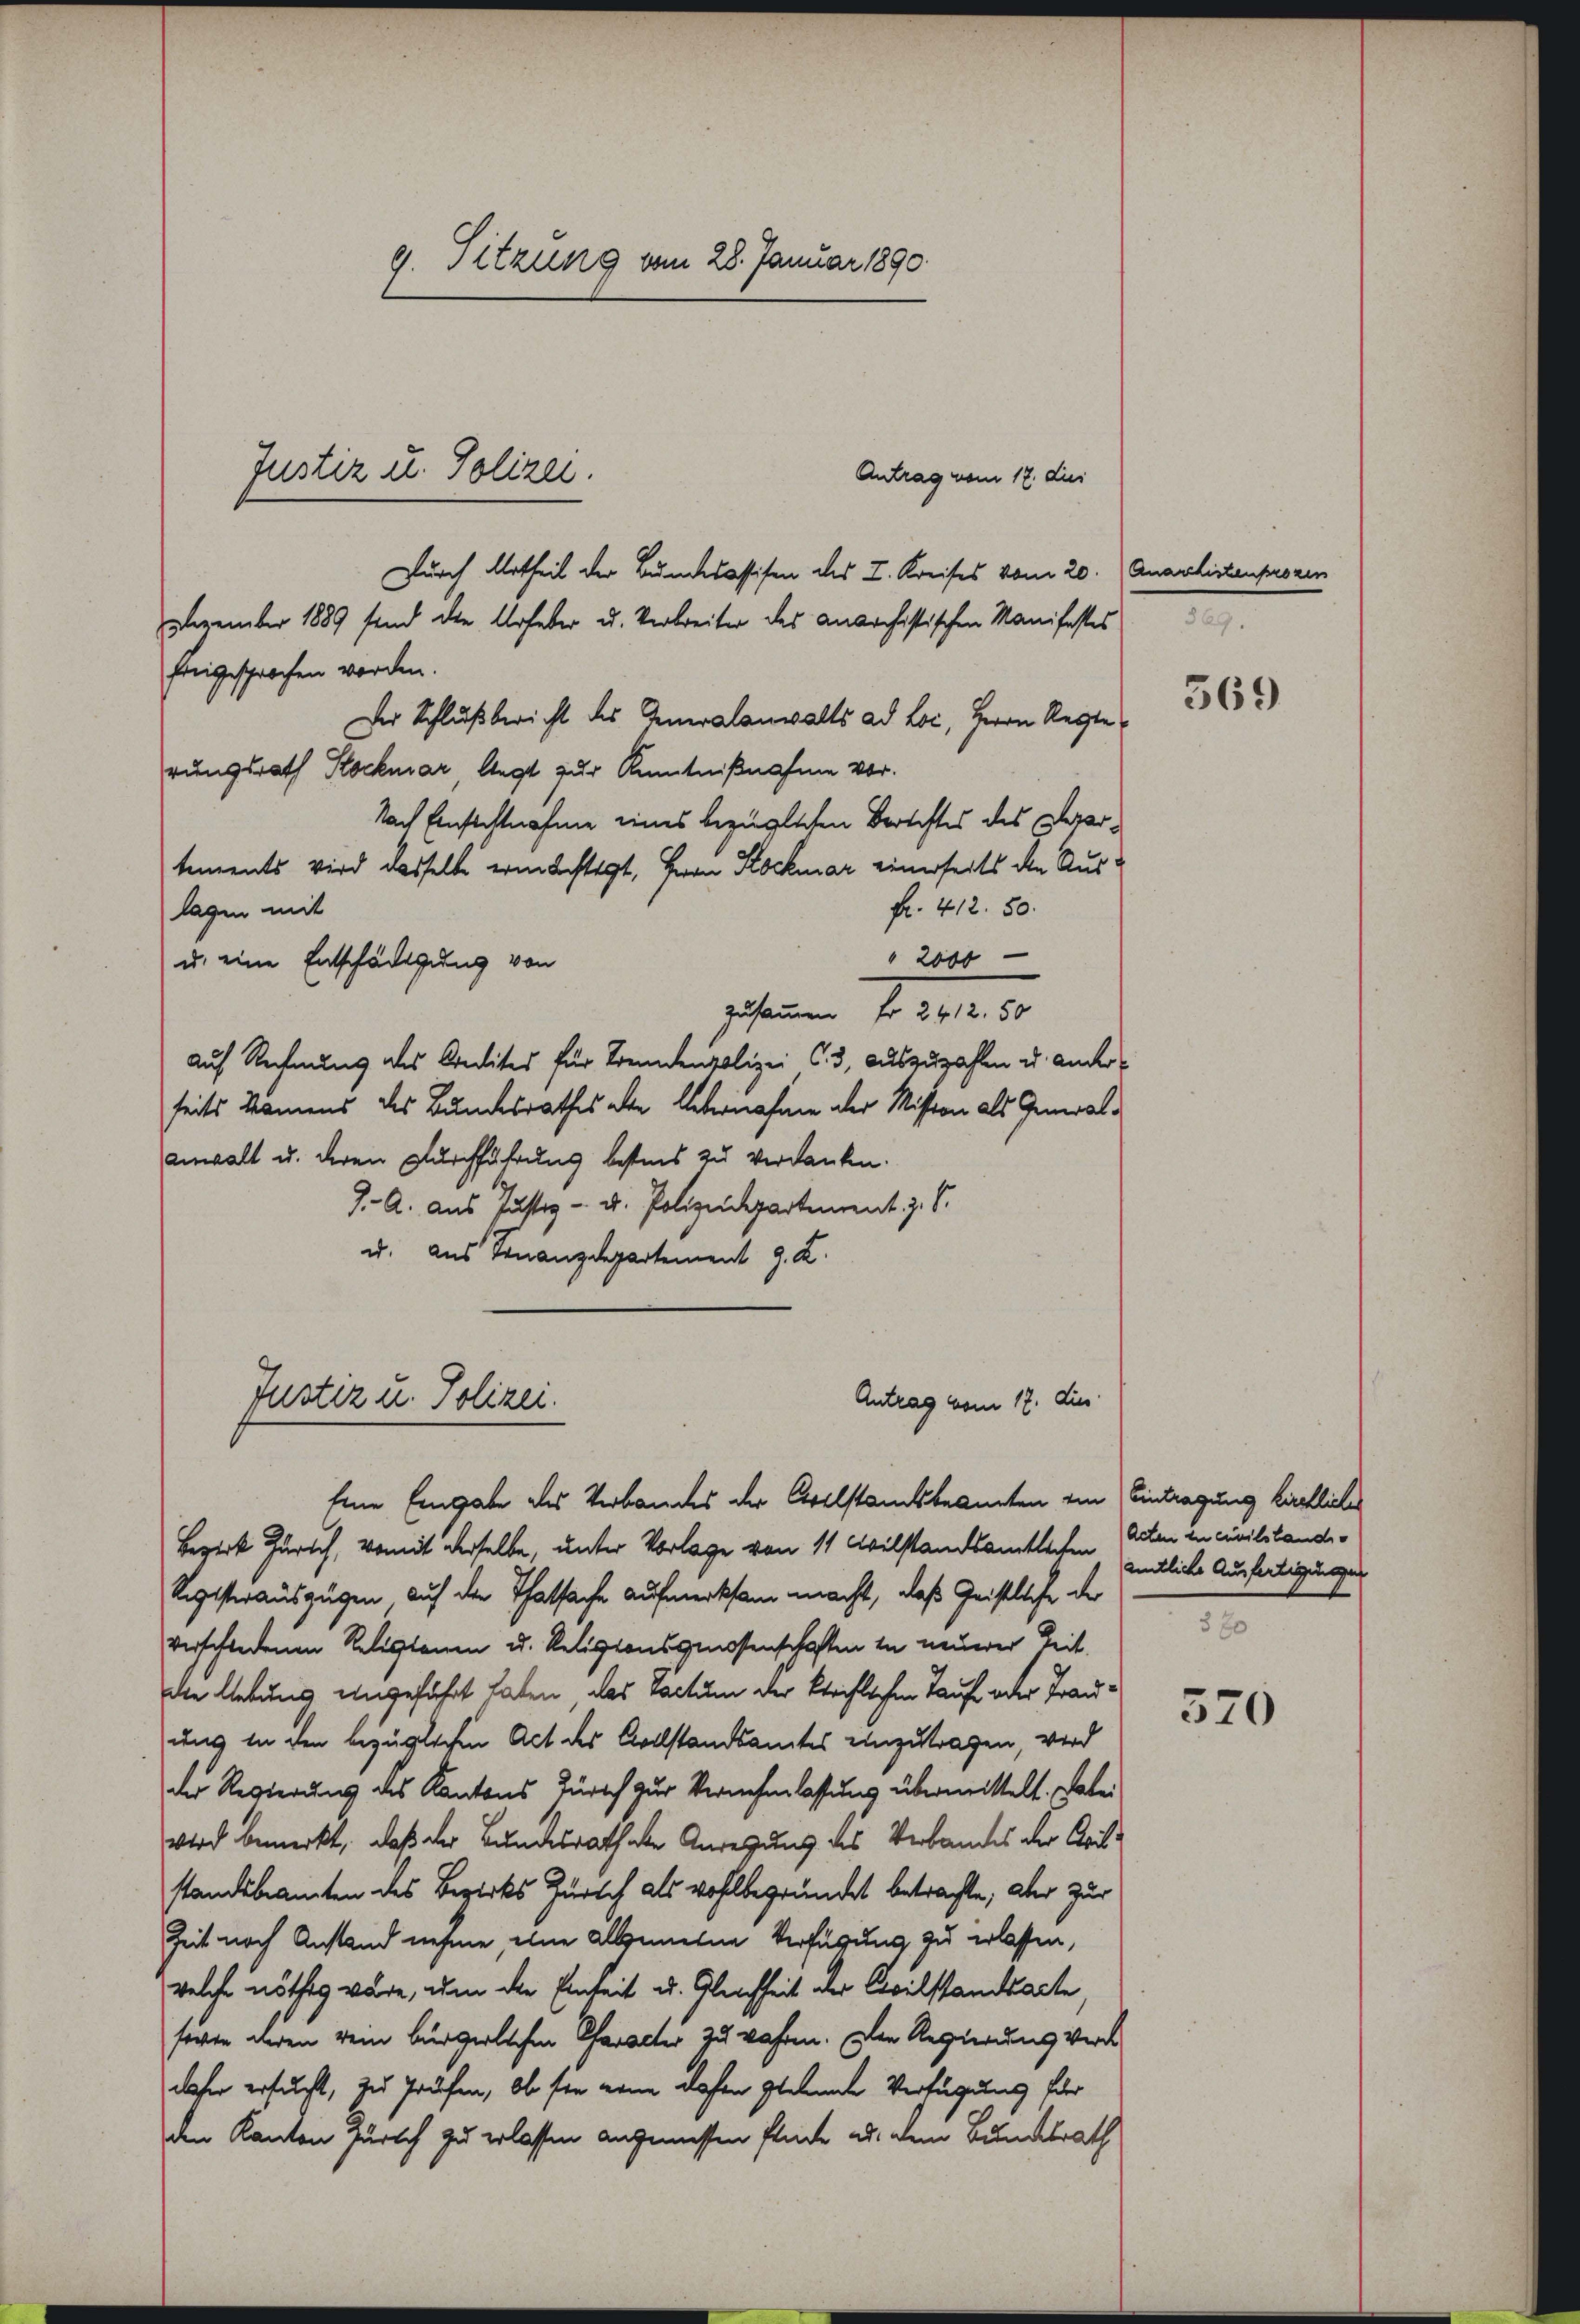
9. Sitzung vom 28. Januar 1890.

Antrag vom 17. dies
Durch Urtheil der Bundesassifen des I. Kreises vom 20. Quarchistenprozen
Dezember 1889 sind die Urheber u. Verbreiter des Anarchistischen Manifestes
freigesprochen worden.
Der Schlußbericht des Generalanwalts ad Loi, Herrn Reglerungsrath Stockmar, liegt zur Kenntnißnahme vor.
Nach Einsichtnahme eines bezüglichen Berichtes des Departements wird dasselbe ermächtigt, Herrn Rockmar einerseits die Ausfr. 412. 50.
lagen mit
" 2000
u. eine Entschädigung von
Johann J. 1810. 10
auf Rechnung des Kredites für Fremdenpolizei C. 3, auszuzahlen u. anderseits kamens des Bundesrathes aber Uebernahme der Mission als Generalanwalt u. deren Durchführung bestins zu verdanken.
J. A. aus Justiz- u. Polizeidepartement z. S.
u. aus Finanzdepartement J. K.
Justiz u. Polizei.
Antrag vom 17. die
Eine Eingabe des Verbandes der Civilstandsbeamten ein Eintragung kirchliche
Bezirk Zürich, womit derselbe, unter Vorlage von 11 Cvilstandsamtlichen Acten in civilstandi¬
Rigisterauszügen auf die Thatsache aufmerksam macht, daß Geistliche der
verschiedenen Religionen u. Religionsgenossenschaften in neuerer Zeit.
die lebung eingeführt haten, das Pactum der Streiflichen Taufe oder Trauuns in den bezüglichen Act des Collstandsamtes einzutragen, wird
der Regierung des Kantons Zürich zur Vernehmlassung übermittelt. Valewird bemerkt, daß der Bundesrathen Anregung des Verbandes der Aritstandsbeamten des Bezirks Zürich als wohlbegründet betrachte, aber zur
Zeit nach Anstand nehme, eine allgemeine Verfügung zu erlassen,
welche nöthig wäre, um die Einheit u. Gleichheit der Civilstandsacte,
sovon deren dem bürgerlichen Character zu wahren. Der Regierung verdaher ersucht, zu Prüfen, ob für wenn daher geahmte Verfügung für
den Kanton Zürich zu erlassen angemessen flüche als dem Bundtrath

Justiz u. Polizei.

869.

569

amtliche Ausfertigungen
380

570